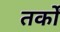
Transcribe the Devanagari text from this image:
तर्काें